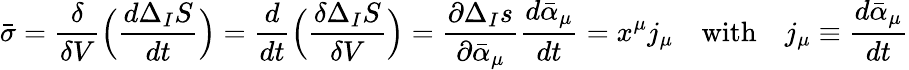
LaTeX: {\bar{\sigma}}=\frac{\delta}{\delta V}\Bigl(\frac{d\Delta_{I}S}{dt}\Bigr)=\frac{d}{dt}\Bigl(\frac{\delta\Delta_{I}S}{\delta V}\Bigr)=\frac{\partial\Delta_{I}s}{\partial{\bar{\alpha}}_{\mu}}\frac{d{\bar{\alpha}}_{\mu}}{dt}=x^{\mu}j_{\mu}\quad\mathrm{with}\quad j_{\mu}\equiv\frac{d{\bar{\alpha}}_{\mu}}{dt}